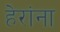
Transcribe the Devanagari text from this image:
हेरांना